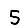
Digit: 5